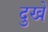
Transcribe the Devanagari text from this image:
दुखे